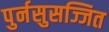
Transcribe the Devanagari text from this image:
पुर्नसुसज्जित